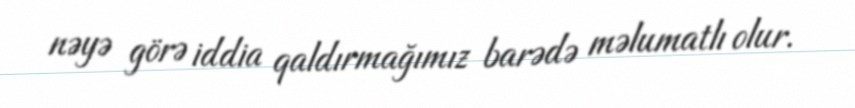
nəyə görə iddia qaldırmağımız barədə məlumatlı olur.